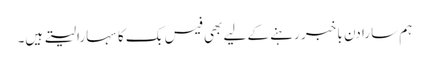
ہم سارا دن با خبر رہنے کے لیے بھی فیس بک کا سہارا لیتے ہیں۔